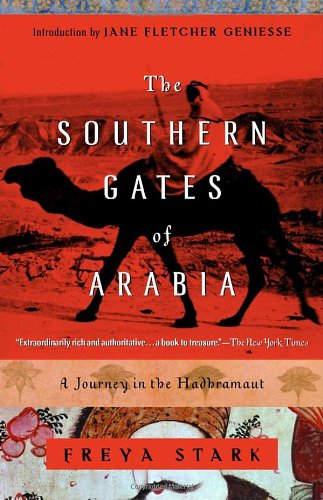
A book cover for The Southern Gates of Arabia: A Journey in the Hadhramaut (Modern Library Paperbacks); Freya Stark; History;